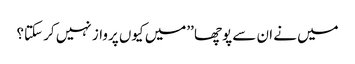
میں نے ان سے پوچھا ’’میں کیوں پرواز نہیں کر سکتا؟